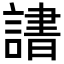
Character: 𬣄